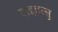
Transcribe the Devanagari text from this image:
दाइहत्सु